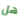
هل